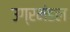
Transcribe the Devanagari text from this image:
उग्रमंडल